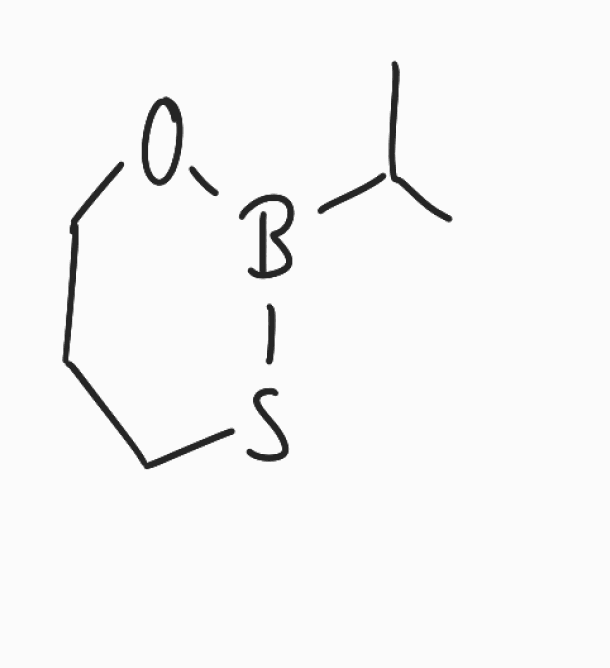
Simplified molecular-input line-entry system (SMILES) notation of the given molecule:
B1(OCCCS1)C(C)C